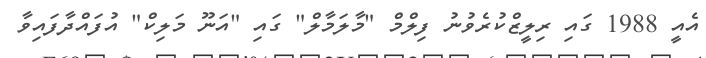
އެއީ 1988 ގައި ރިލީޒްކުރެވުނު ފިލްމް "މާލަމާލް" ގައި "އަނޫ މަލިކް" އުފައްދާފައިވާ